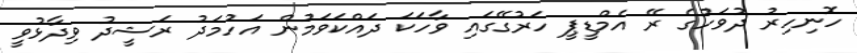
ހޮނިހިރު ދުވަހުގެ ރޭ އެމްޑީޕީ ހަރުގޭގައި ވާހަކަ ދައްކަވަމުން އަހުމަދު ރަޝީދު ވިދާޅުވީ